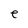
Character: e